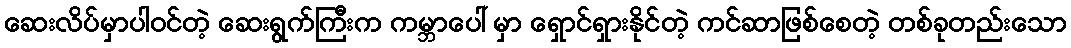
ဆေးလိပ်မှာပါဝင်တဲ့ ဆေးရွက်ကြီးက ကမ္ဘာပေါ် မှာ ရှောင်ရှားနိုင်တဲ့ ကင်ဆာဖြစ်စေတဲ့ တစ်ခုတည်းသော